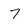
Character: 7